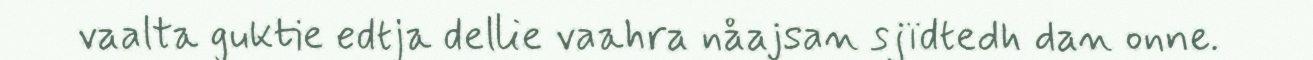
vaalta guktie edtja dellie vaahra nåajsan sjïdtedh dan onne.